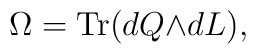
\Omega = {\rm Tr}(dQ{\wedge}dL),